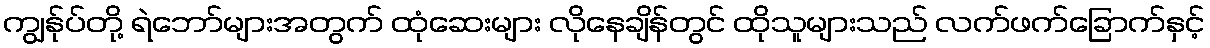
ကျွန်ုပ်တို့ ရဲဘော်များအတွက် ထုံဆေးများ လိုနေချိန်တွင် ထိုသူများသည် လက်ဖက်ခြောက်နှင့်